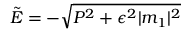
{ \tilde { E } } = - \sqrt { P ^ { 2 } + \epsilon ^ { 2 } | m _ { 1 } | ^ { 2 } }